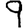
Digit: 9